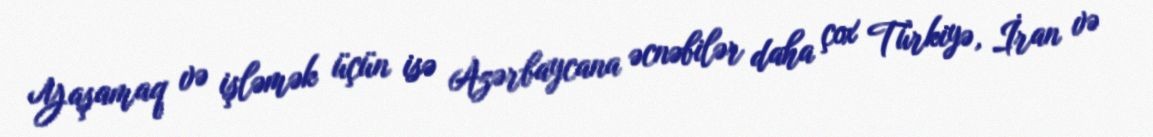
Yaşamaq və işləmək üçün isə Azərbaycana əcnəbilər daha çox Türkiyə, İran və